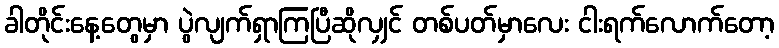
ခါတိုင်းနေ့တွေမှာ ပွဲလျက်ရှာကြပြီဆိုလျှင် တစ်ပတ်မှာလေး ငါးရက်လောက်တော့